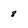
Character: 8